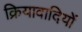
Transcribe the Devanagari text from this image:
क्रियावादियों